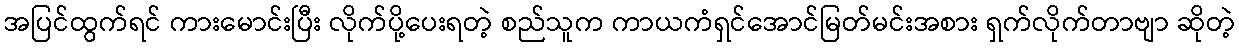
အပြင်ထွက်ရင် ကားမောင်းပြီး လိုက်ပို့ပေးရတဲ့ စည်သူက ကာယကံရှင်အောင်မြတ်မင်းအစား ရှက်လိုက်တာဗျာ ဆိုတဲ့